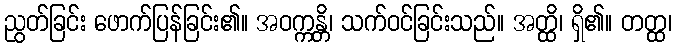
ညွတ်ခြင်း ဖောက်ပြန်ခြင်း၏။ အဝက္ကန္တိ၊ သက်ဝင်ခြင်းသည်။ အတ္ထိ၊ ရှိ၏။ တတ္ထ၊